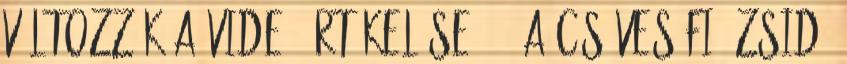
változzék a videó értékelése. 1. A csöves fiú zsidó